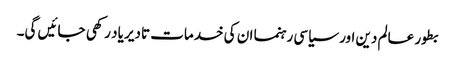
بطور عالم دین اور سیاسی رہنما ان کی خدمات تادیر یاد رکھی جائیں گی۔